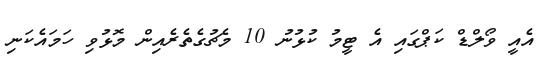
އެއީ ވޯލްޑް ކަޕްގައި އެ ޓީމު ކުޅުނު 10 މެޗުގެތެރެއިން މޮޅުވި ހަަމައެކަނި